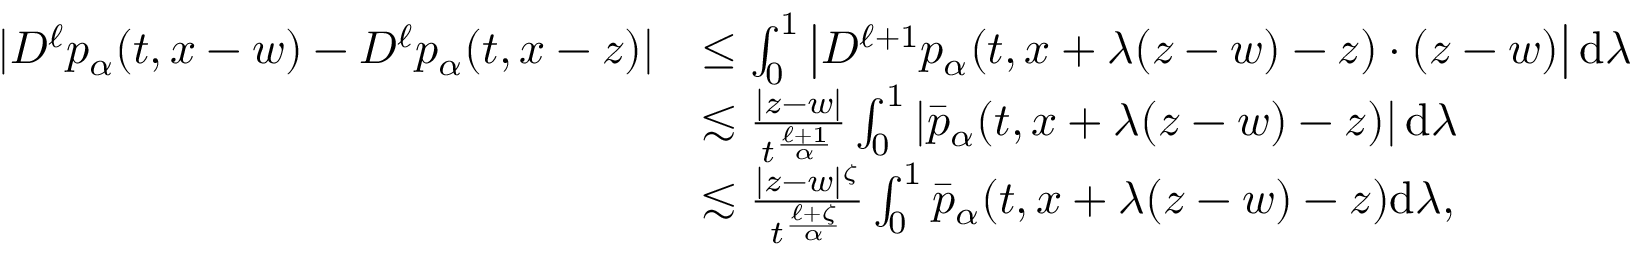
\begin{array} { r l } { | D ^ { \ell } p _ { \alpha } ( t , x - w ) - D ^ { \ell } p _ { \alpha } ( t , x - z ) | } & { \leq \int _ { 0 } ^ { 1 } \left| D ^ { \ell + 1 } p _ { \alpha } ( t , x + \lambda ( z - w ) - z ) \cdot ( z - w ) \right| \mathrm { d } \lambda } \\ & { \lesssim \frac { | z - w | } { t ^ { \frac { \ell + 1 } { \alpha } } } \int _ { 0 } ^ { 1 } \left| \bar { p } _ { \alpha } ( t , x + \lambda ( z - w ) - z ) \right| \mathrm { d } \lambda } \\ & { \lesssim \frac { | z - w | ^ { \zeta } } { t ^ { \frac { \ell + \zeta } { \alpha } } } \int _ { 0 } ^ { 1 } \bar { p } _ { \alpha } ( t , x + \lambda ( z - w ) - z ) \mathrm { d } \lambda , } \end{array}